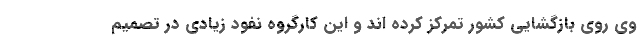
وی روی بازگشایی کشور تمرکز کرده اند و این کارگروه نفود زیادی در تصمیم